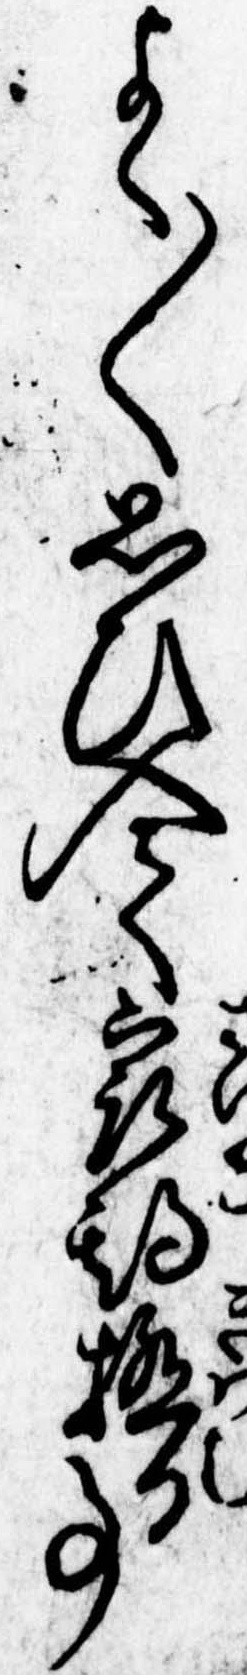
よく〱思ひ入て最期極る事